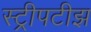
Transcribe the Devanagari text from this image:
स्ट्रीपटीझ